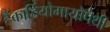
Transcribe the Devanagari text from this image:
हैंकार्डियोमायोपैथी